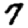
Digit: 7